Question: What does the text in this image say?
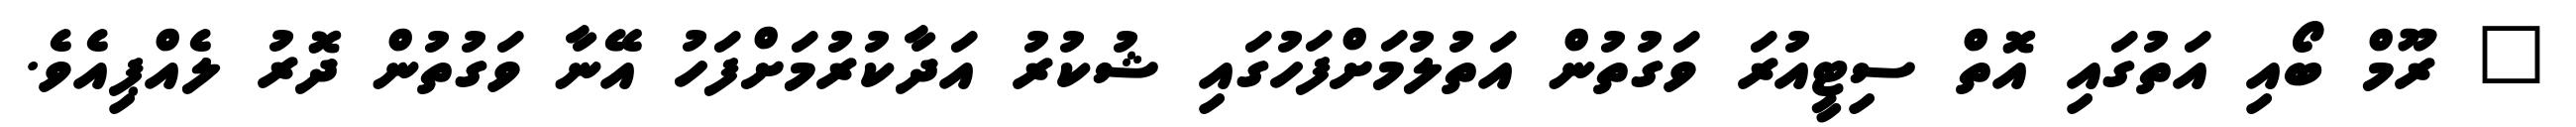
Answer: " ރޫމް ބޯއި އަތުގައި އޮތް ސިޓީއުރަ ވަގުތުން އަތުލުމަށްފަހުގައި ޝުކުރު އަދާކުރުމަށްފަހު އޭނާ ވަގުތުން ދޮރު ލެއްޕިއެވެ.